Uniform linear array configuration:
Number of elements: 24
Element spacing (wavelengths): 0.25
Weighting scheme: binomial
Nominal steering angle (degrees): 0
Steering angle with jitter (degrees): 0.3209
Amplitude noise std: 0.05
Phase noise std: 0.05

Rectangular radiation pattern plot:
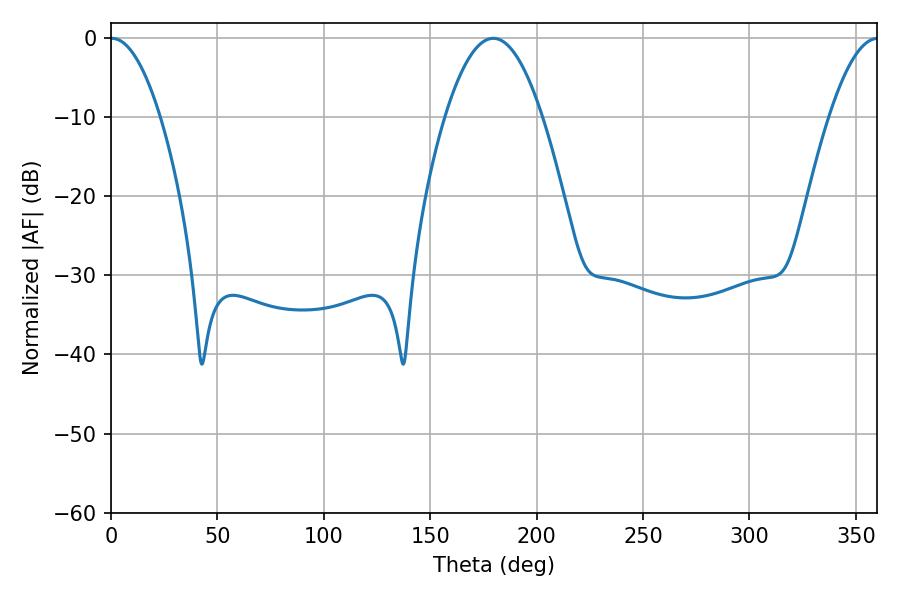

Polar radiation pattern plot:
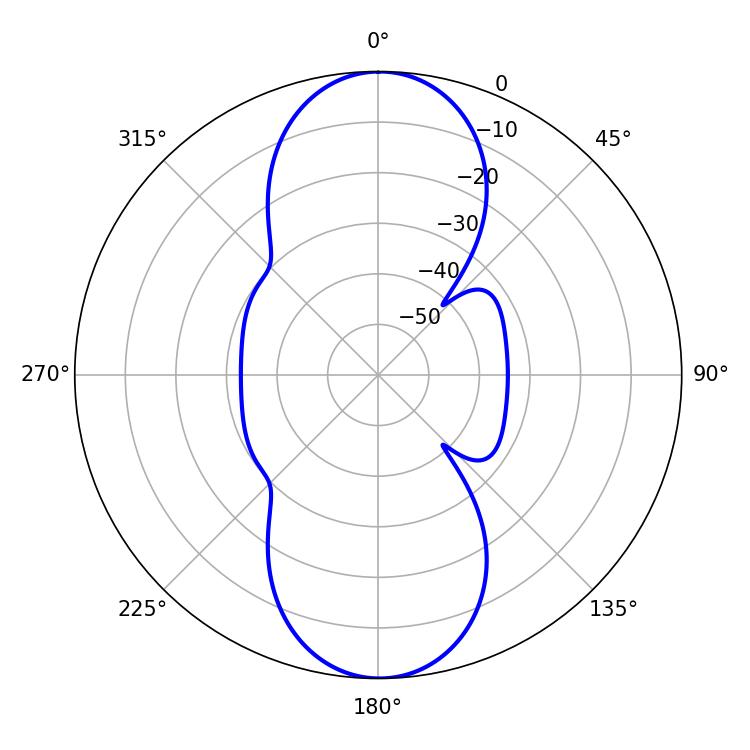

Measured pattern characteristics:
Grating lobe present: FALSE
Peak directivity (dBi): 27.962
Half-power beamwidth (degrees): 12.78
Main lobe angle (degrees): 0.36